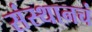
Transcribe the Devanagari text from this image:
संस्थानचं